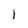
Character: l